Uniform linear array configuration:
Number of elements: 4
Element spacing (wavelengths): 0.25
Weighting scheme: binomial
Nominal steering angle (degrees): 30
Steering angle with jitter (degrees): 31.048
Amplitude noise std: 0.05
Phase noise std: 0.05

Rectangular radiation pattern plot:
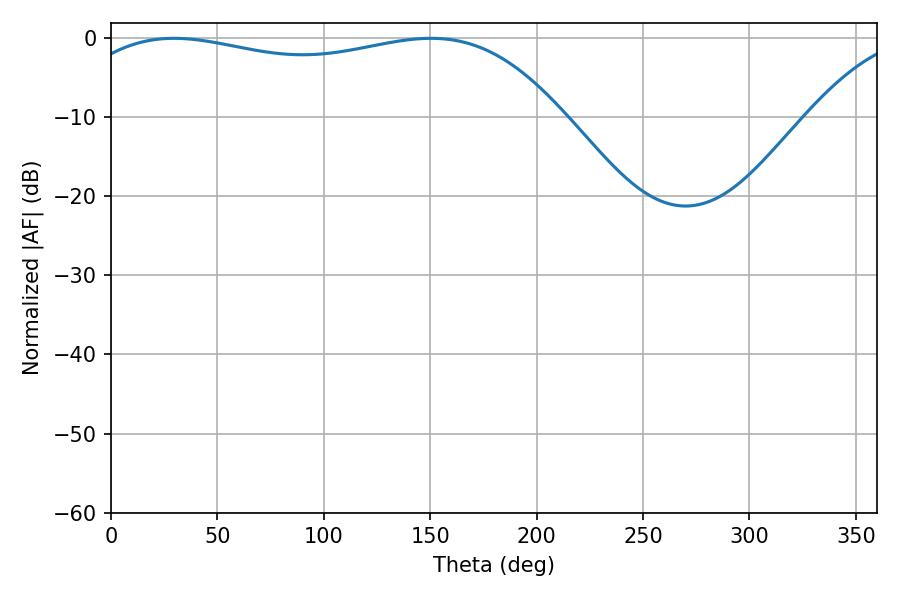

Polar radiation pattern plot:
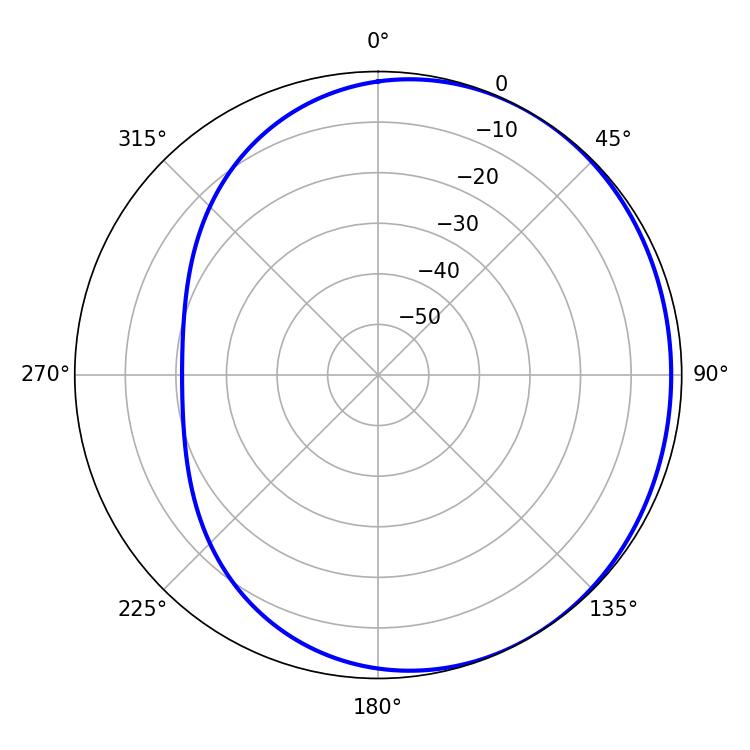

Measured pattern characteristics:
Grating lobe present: FALSE
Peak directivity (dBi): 1.381
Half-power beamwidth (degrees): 186.48
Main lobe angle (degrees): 29.7